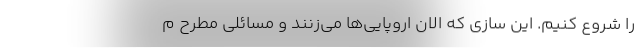
را شروع کنیم. این سازی که الان اروپایی‌ها می‌زنند و مسائلی مطرح م